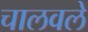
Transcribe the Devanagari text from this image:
चालवले